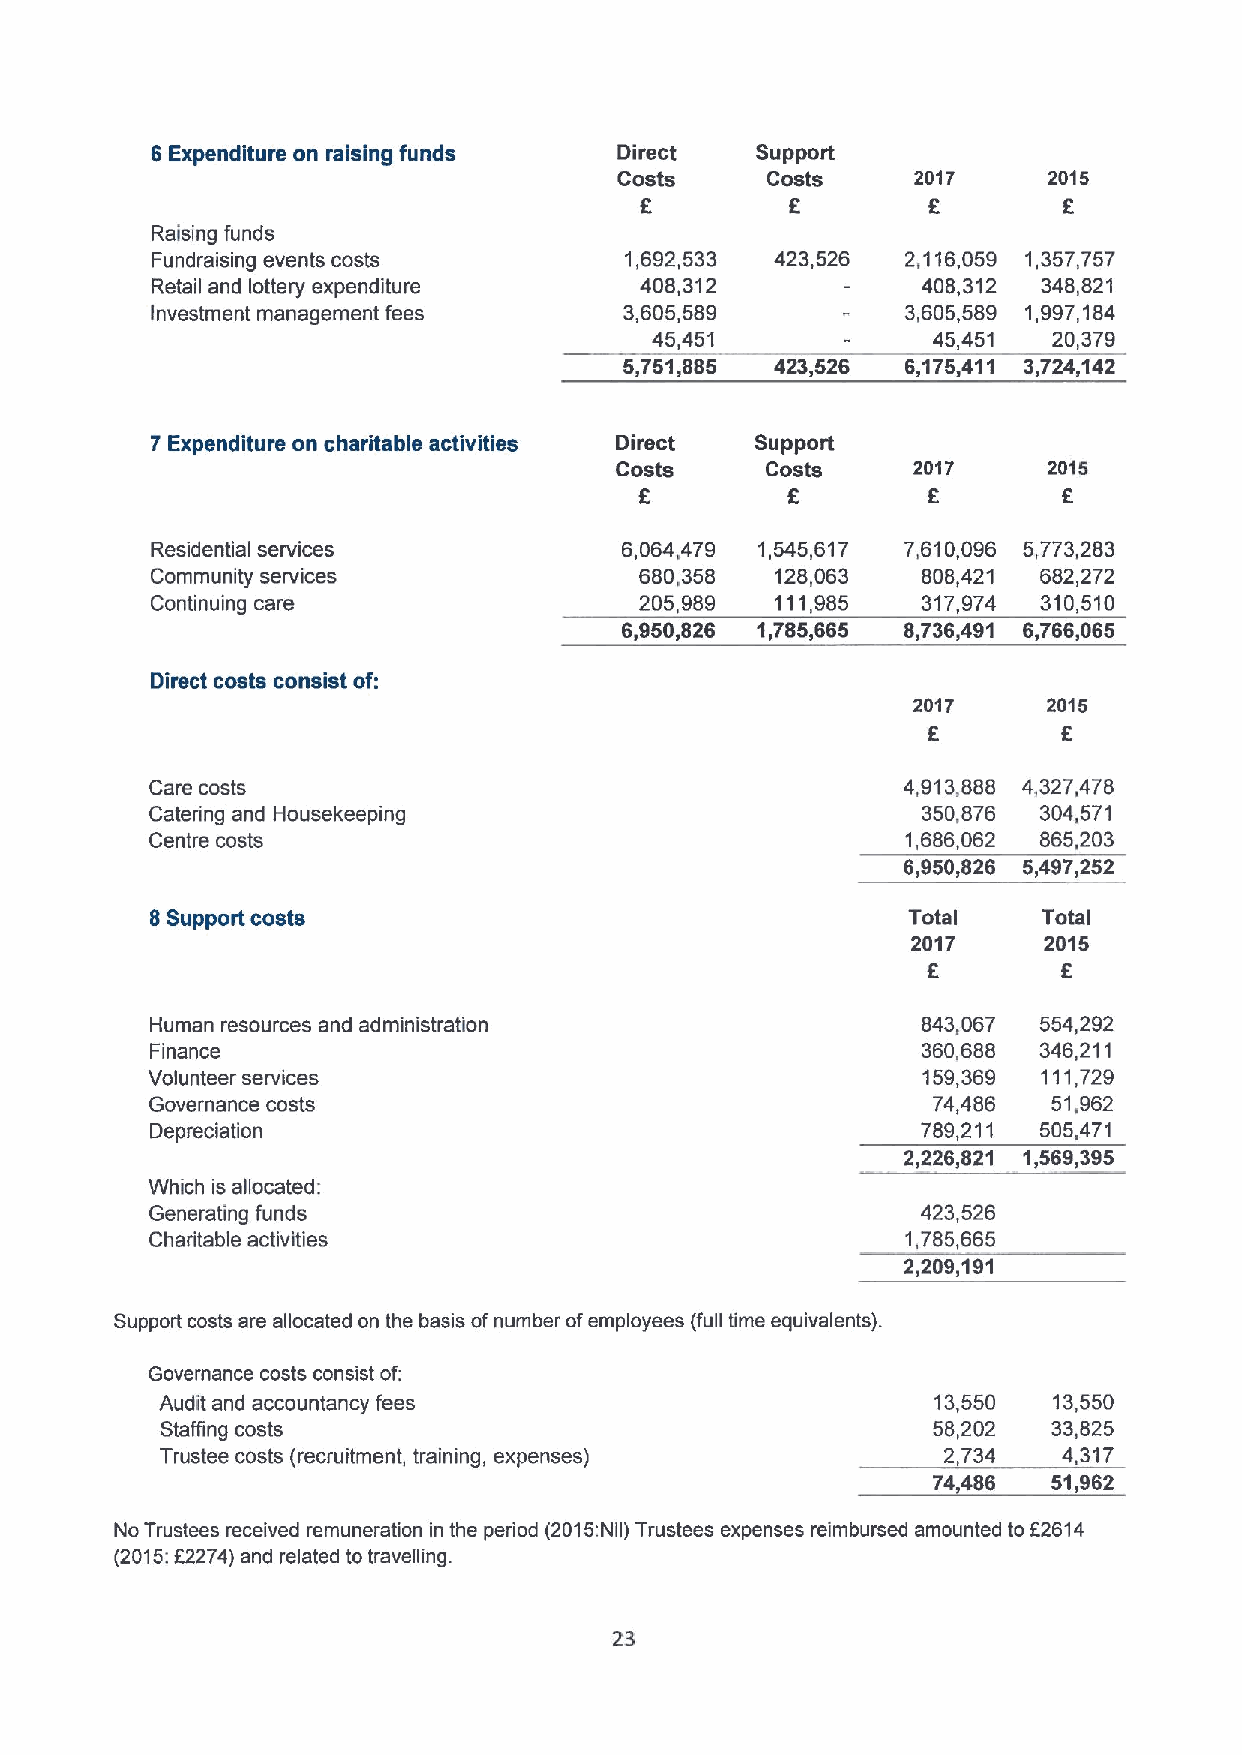
6 Expenditure on raising funds Direct   Support
 Costs     Costs     2017    2015
 f                 f
 6
 Raising funds
 Fundraising events costs       1,692,533 423,526  2,116,059 1,357,757
 Retail and lottery expenditure  408,312            408,312 348,821
 Investment management fees     3,605,589          3,605,589 1,997,184
 45,451             45,451  20,379
 5,751,885 423,526  6,175,411 3,724,142
 7 Expenditure on charitable activities Direct Support
 Costs     Costs    2017     2015
 6        5
 Residential services           6,064,479 1,545,617 7,610,096 5,773,283
 Community services              680,358  128,063   808,421 682,272
 Continuing care                 205,989  111,985   317,974 310,510
 6,950,826 1,785,665 8,736,491 6,766,065
 Direct costs consist of:
 2017     2015
 6
 Care costs                                        4,913,888 4,327,478
 Catering and Housekeeping                          350,876 304,571
 Centre costs                                      1,686,062 865,203
 6,950,826 5,497,252
 8Supportcosts                                     Total    Total
 2017     2015
 6
 Human resources and administration                 843,067 554,292
 Finance                                            360,688 346,211
 Volunteer services                                 159,369 111,729
 Governance costs                                    74,486  51,962
 Depreciation                                       789,211 505,471
 2,226,821 1,569,395
 Which is allocated:
 Generating funds                                   423,526
 Charitable activities                             1,785,665
 2,209,191
 Support costs are allocated on the basis ofnumber ofemployees (full time equivalents).
 Governance costs consist of:
 Audit and accountancy fees                         13,550  13,550
 Staffing costs                                     58,202  33,825
 Trustee costs (recruitment, training, expenses)     2,734  4,317
 74486   51,962
 No Trustees received remuneration in the period (2015Nil) Trustees expenses reimbursed amounted to 52614
 f
 (2015: 2274) and related to travelling.
 23